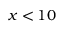
x < 1 0